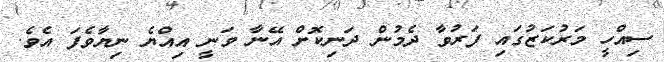
ސިއްހީ މަރުކަޒުގައި ފަރުވާ ދެމުން ދަނިކޮށް އޭނާ ވަނީ އިއްޔެ ނިޔާވެފަ އެވެ.